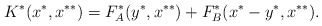
\begin{align*}K^*(x^*, x^{**})=F^*_A(y^*, x^{**})+F^*_B(x^*-y^*, x^{**}).\end{align*}